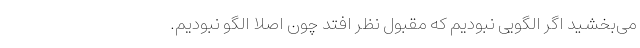
می‌بخشید اگر الگویی نبودیم که مقبول نظر افتد چون اصلا الگو نبودیم.